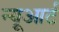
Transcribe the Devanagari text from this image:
न्यूआर्ट